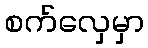
စက်လှေမှာ